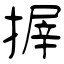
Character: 搱